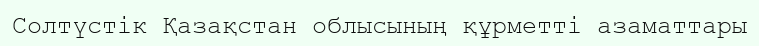
Солтүстік Қазақстан облысының құрметті азаматтары